Senior Leaving Certificate Examination (including Day School Certificate (Higher) General paper), 1949
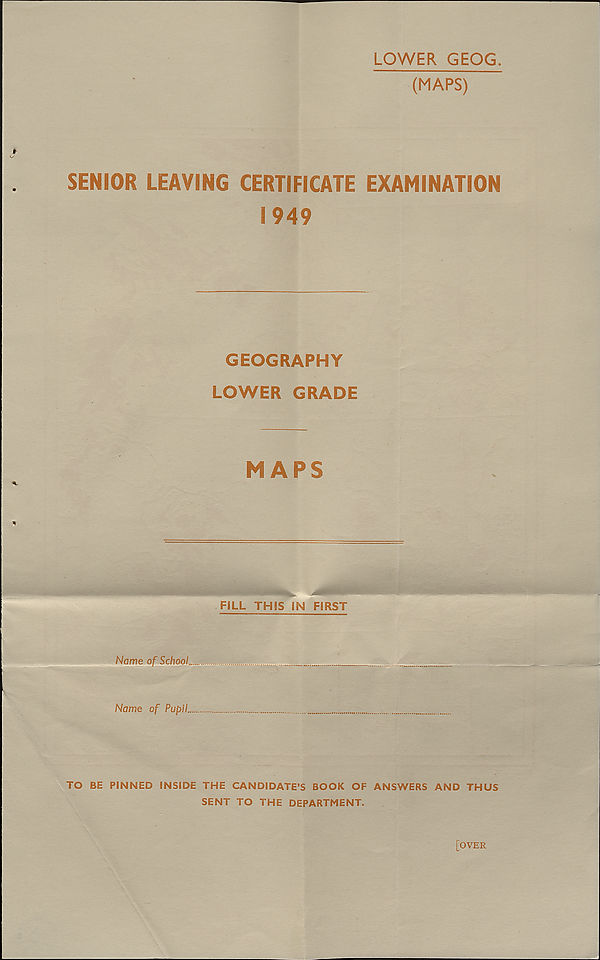
LOWER GEOG.
(MAPS)
SENIOR LEAVING CERTIFICATE EXAMINATION
1949
GEOGRAPHY
LOWER GRADE
MAPS
FILL THIS IN FIRST
Name of SchooL
Name of Pupil.
TO BE PINNED INSIDE THE CANDIDATE’S BOOK OF ANSWERS AND THUS
SENT TO THE DEPARTMENT.
[OVER